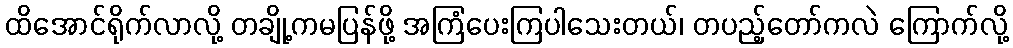
ထိအောင်ရိုက်လာလို့ တချို့ကမပြန်ဖို့ အကြံပေးကြပါသေးတယ်၊ တပည့်တော်ကလဲ ကြောက်လို့